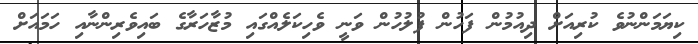
ކިޔަމަންނުވެ ކުރިއަށް ދިއުމުން ފަހުން ފުލުހުން ވަނީ ވެހިކަލެއްގައި މުޒާހަރާގެ ބައިވެރިންނާއި ހަމައަށް